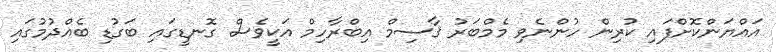
އައްޔަންކޮށްފައި ކުރިން ހުންނެވި މެމްބަރު ޤާސިމް އިބްރާހިމް އަކީވެސް ގޮނޑީގައި ބަގުޑި ބެއްދުމުގައި